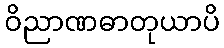
ဝိညာဏဓာတုယာပိ